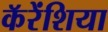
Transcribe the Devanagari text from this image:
कॅरेंशिया